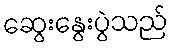
ဆွေးနွေးပွဲသည်